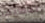
اعطيها